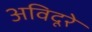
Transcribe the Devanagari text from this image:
अविदूरे